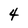
Character: 4